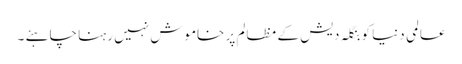
عالمی دنیا کو بنگلہ دیش کے مظالم پر خاموش نہیں رہنا چاہئے ۔